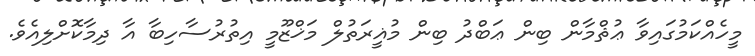
މީހެއްކަމުގައިވާ ޢުޘްމާން ބިން ޢަބްދު ބިން މުޣީރަތުލް މަޚްޒޫމީ އިތުރުސާހިބާ އާ ދިމާކޮށްލިއެވެ.